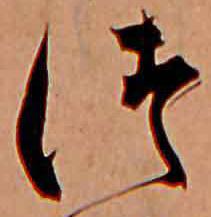
つ